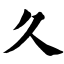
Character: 久